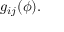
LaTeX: g _ { i j } ( \phi ) .